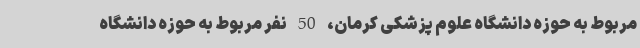
مربوط به حوزه دانشگاه علوم پزشکی کرمان، 50 نفر مربوط به حوزه دانشگاه